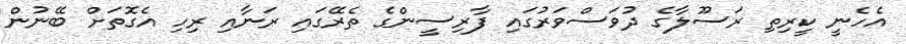
އެހެނީ ކީރިތި ރަސޫލާގެ ދުވަސްވަރުގައި ފާރިސީންގެ ތެރޭގައި ރަނާއި ރިހި އެގޮތަށް ބޭނުން